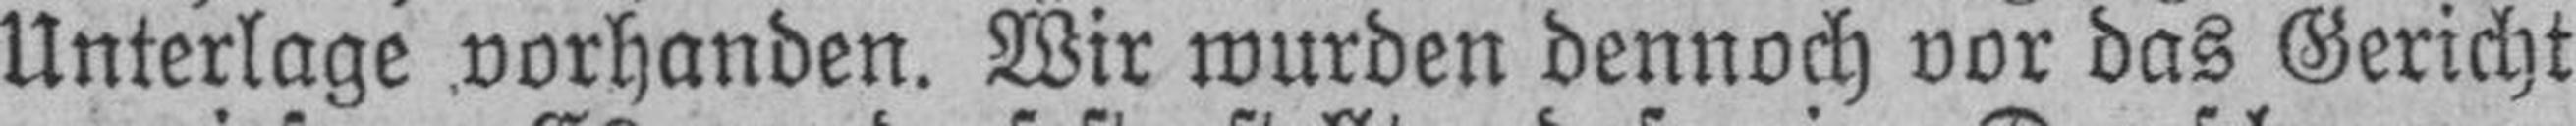
Unterlage vorhanden. Wir wurden dennoch vor das Gericht